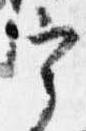
宰